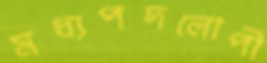
মধ্যপদলোপী